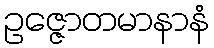
ဥဇ္ဇောတမာနာနံ